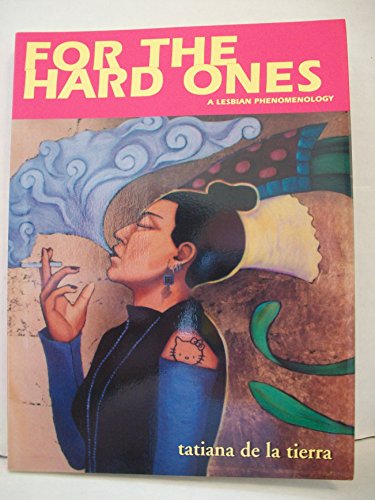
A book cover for For the Hard Ones: A Lesbian Phenomenology / Para las duras: Una fenomenologia lesbiana; Tatiana De La Tierra; Gay & Lesbian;